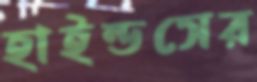
হাইন্ডসের